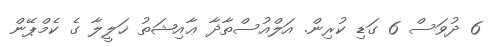
6 ދުވަސް 6 ގަޑި ކުރިން. އަލްއުސްތާޛާ ޢާއިޝަތު ޚަލީލާ ގެ ކެމްޕޭން